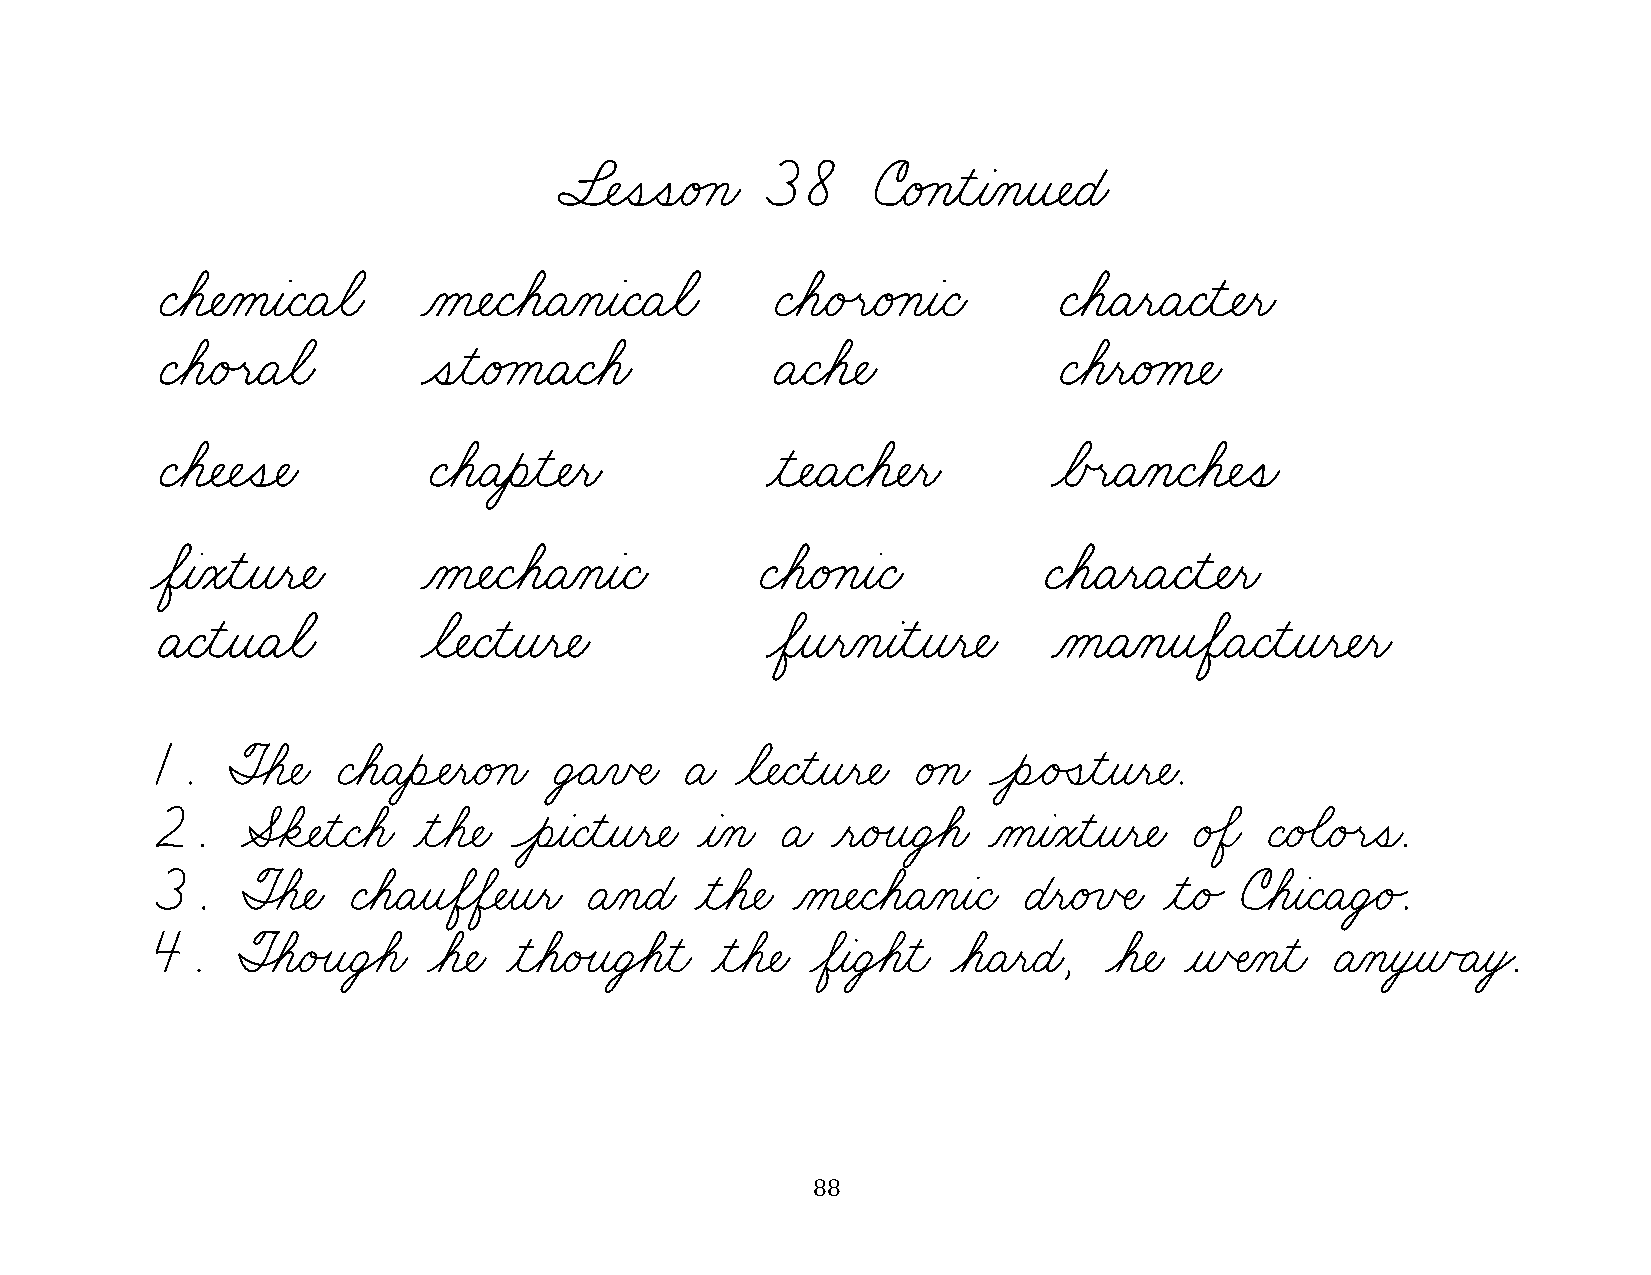
§¬ÑˆíˆíæéÁçæ 38      úæéÁçƒìƒàÀçƒî¬ÑæÉæ
 Çøá¬ÑÀåƒàæÇæÄøãæ  Àå¬ÑæÇøáæÄÀçƒàæÇæÄøãæ  ÇøáæéÙëæéÁçƒàæÇæ   ÇøáæÄƒëæÄæÇƒì¬Ñƒëæ
 ÇøáæéÙëæÄøãæ      ˆíƒìæéÁåæÄæÇøáæ        ÄæÇøá¬Ñæ           ÇøáƒëæéÁå¬Ñæ
 Çøá¬Ñ¬Ñˆí¬Ñæ      ÇøáæÄƒèƒì¬Ñƒëæ         ƒì¬ÑæÄæÇøá¬Ñƒëæ    øÅœëæÄÀçæÇøá¬Ñˆíæ
 øÖƒàÀóƒìƒîƒë¬Ñæ   Àå¬ÑæÇøáæÄÀçƒàæÇæ     ÇøáæéÁçƒàæÇæ       ÇøáæÄƒëæÄæÇƒì¬Ñƒëæ
 ÄæÇƒìƒîæÄøãæ      øã¬ÑæÇƒìƒîƒë¬Ñæ        øÖƒîƒëÀçƒàƒìƒîƒë¬Ñæ ÀåæÄÀçƒîøÖæÄæÇƒìƒîƒë¬Ñƒëæ
 1.   ØÈá¬Ñæ ÇøáæÄƒèÓÑƒëæéÁçæ ÜŸÄÀïŒÑæ Äæ øã¬ÑæÇƒìƒîƒë¬Ñæ éÁçæ ÔèÌéÛíƒìƒîƒë¬Ñæ.
 2.    ÆÈä¬ÑƒìæÇøáæ ƒìøá¬Ñæ ÔèƒàæÇƒìƒîƒë¬Ñæ ƒàÀçæ Äæ ƒëæéÙîæÜ€áæ ÀåƒàÀóƒìƒîƒë¬Ñæ é‰Öæ Çæé‰ãæéÙëˆíæ.
 3.    ØÈá¬Ñæ ÇøáæÄƒîøÖøÖ¬Ñƒîƒëæ ÄÀçæÉæ ƒìøá¬Ñæ Àå¬ÑæÇøáæÄÀçƒàæÇæ ÉƒëæéÁïŒÑæ ƒìæé„ úøáƒàæÇæÄæÜŸé„.
 4.    ØÈáæéÙîæÜ€áæ øá¬Ñæ ƒìøáæéÙîæÜ€áƒìæ ƒìøá¬Ñæ øÖƒàæÜ€áƒìæ øáæÄƒëæÉæ, øá¬Ñæ ƒñŒÑÀçƒìæ ÄÀçƒò¸ñÃÄƒòŸ.
 88